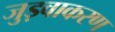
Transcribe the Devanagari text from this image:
जुड़वाकरण